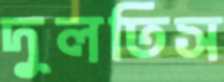
দুলতিস